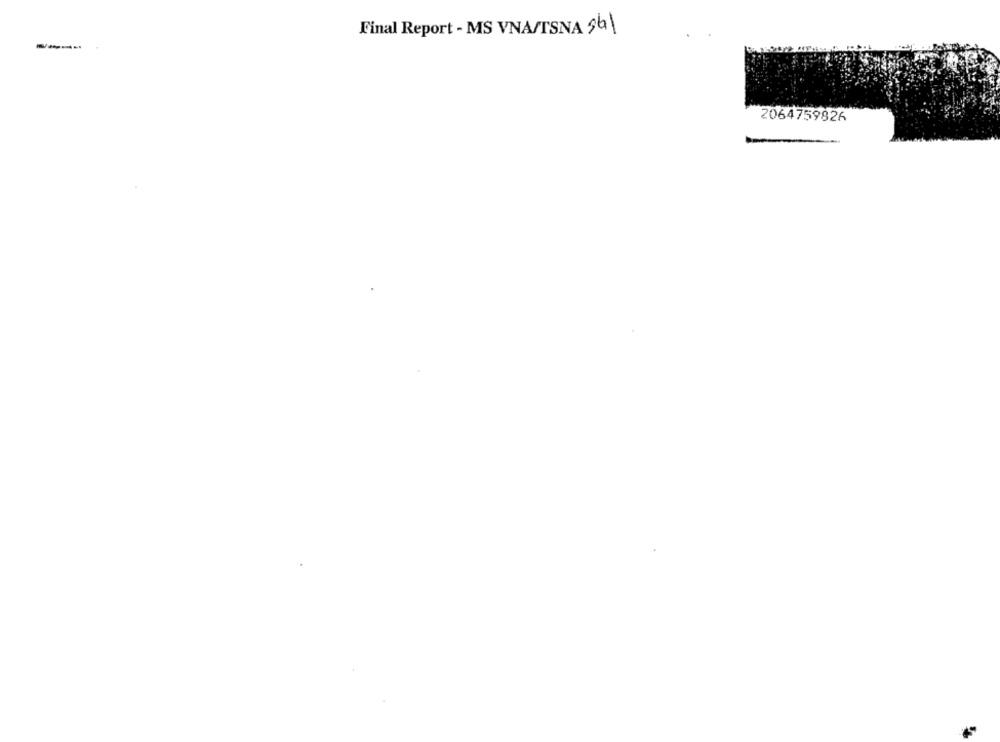
Final Report - MS VNA/TSNA 561
2064759826